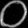
Digit: ၀